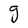
Character: g